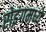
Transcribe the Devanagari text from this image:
रोइंगमध्ये